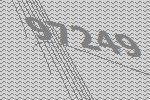
97249